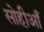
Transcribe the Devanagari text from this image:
सोहीआँ